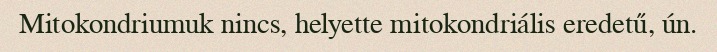
Mitokondriumuk nincs, helyette mitokondriális eredetű, ún.